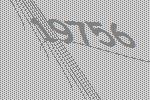
19756